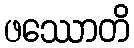
ဖဿောတိ